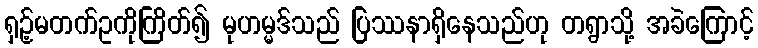
ရှဉ့်မတက်ဥကိုကြိတ်၍ မုဟမ္မဒ်သည် ပြဿနာရှိနေသည်ဟု တရွာသို့ အခဲကြောင့်